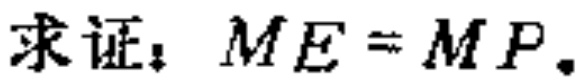
求证：$ME = MP.$